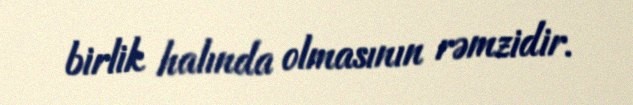
birlik halında olmasının rəmzidir.